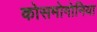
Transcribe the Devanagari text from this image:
कोसमोगोनिया